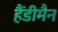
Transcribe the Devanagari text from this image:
हैंडीमैन